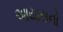
આયાસનો